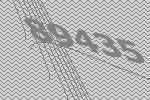
89435